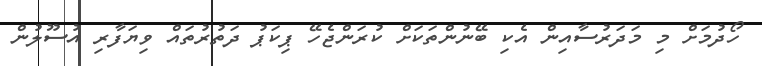
ހޯދުމަށް މި މަދަރުސާއިން އެކި ބޭނުންތަކަށް ކުރަންޖެހޭ ޕިކަޕު ދަތުރުތައް ވިޔަފާރި އުސޫލުން